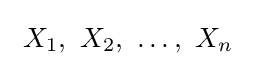
\ X_{1},\ X_{2},\ \dots ,\ X_{n}\